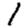
Digit: 1